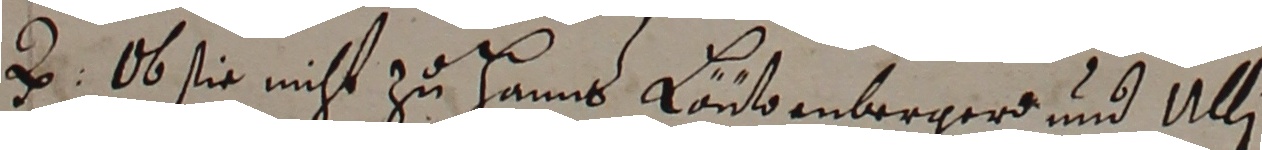
2. ob sie nicht zu Hanns Lautenberger und Ulli